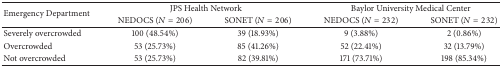
<table><thead><tr><td rowspan="2"><b>Emergency Department</b></td><td colspan="2"><b>JPS Health Network</b></td><td colspan="2"><b>Baylor University Medical Center</b></td></tr><tr><td><b>NEDOCS (<i>N</i> = 206)</b></td><td><b>SONET (<i>N</i> = 206)</b></td><td><b>NEDOCS (<i>N</i> = 232)</b></td><td><b>SONET (<i>N</i> = 232)</b></td></tr></thead><tbody><tr><td>Severely overcrowded</td><td>100 (48.54%)</td><td>39 (18.93%)</td><td>9 (3.88%)</td><td>2 (0.86%)</td></tr><tr><td>Overcrowded</td><td>53 (25.73%)</td><td>85 (41.26%)</td><td>52 (22.41%)</td><td>32 (13.79%)</td></tr><tr><td>Not overcrowded</td><td>53 (25.73%)</td><td>82 (39.81%)</td><td>171 (73.71%)</td><td>198 (85.34%)</td></tr></tbody></table>